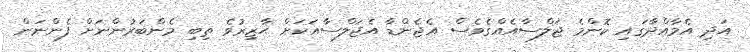
އަދި އެމާއްދާގައި ކޮންމެ ޖަލްސާއެއްގެވެސް އެޖެންޑާ އެޖަލްސާއަކަށް ޙާޒިރުވެ ތިބި މެންބަރުންނަށް ފެންނަން